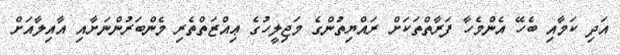
އަދި ކަމާއި ބެހޭ އެންމެހާ ފަރާތްތަކަށް ރައްޔިތުންގެ މަޖިލީހުގެ ޢިއްޒަތްތެރި މެންބަރުންނަށާއި އާއިލާއަށް